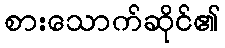
စားသောက်ဆိုင်၏